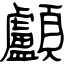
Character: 顱